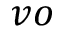
v o